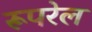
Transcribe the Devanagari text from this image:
रूपरेल